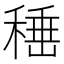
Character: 𮃙